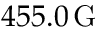
4 5 5 . 0 \, \mathrm { G }